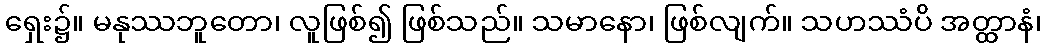
ရှေး၌။ မနုဿဘူတော၊ လူဖြစ်၍ ဖြစ်သည်။ သမာနော၊ ဖြစ်လျက်။ သဟဿံပိ အတ္ထာနံ၊